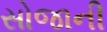
સોજાની